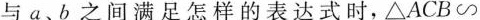
与a、b之间满足怎样的表达式时，\triangle ACB\backsim